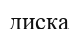
диска